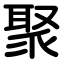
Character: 聚